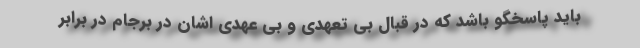
باید پاسخگو باشد که در قبال بی تعهدی و بی عهدی اشان در برجام در برابر